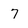
Character: 7